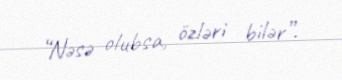
“Nəsə olubsa, özləri bilər”.